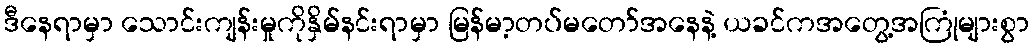
ဒီနေရာမှာ သောင်းကျန်းမှုကိုနှိမ်နင်းရာမှာ မြန်မာ့တပ်မတော်အနေနဲ့ ယခင်ကအတွေ့အကြုံများစွာ